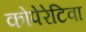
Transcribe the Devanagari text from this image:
कोपेरेटिवा